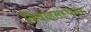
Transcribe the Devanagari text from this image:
विवाहसंस्थेचा